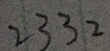
2 3 3 2